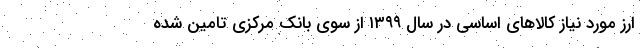
ارز مورد نیاز کالاهای اساسی در سال ۱۳۹۹ از سوی بانک مرکزی تامین شده